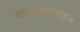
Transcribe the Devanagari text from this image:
ब्यूटाइलएमाइन